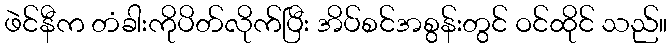
ဖဲင်နီက တံခါးကိုပိတ်လိုက်ပြီး အိပ်စင်အစွန်းတွင် ဝင်ထိုင် သည်။